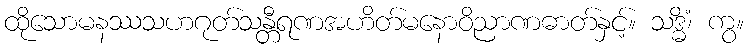
ထိုသောမနဿသဟဂုတ်သန္တီရဏအဟိတ်မနောဝိညာဏဓာတ်နှင့်။ သဒ္ဓိံ၊ ကွ။